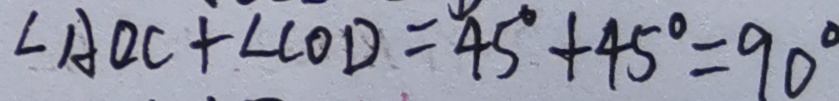
\angle A O C + \angle C O D = 4 5 ^ { \circ } + 4 5 ^ { \circ } = 9 0 ^ { \circ }